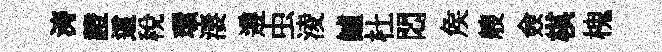
涛證這税環淒遵虫淩鱸杜悶矦艘僉棋槐